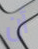
أن